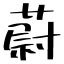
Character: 蔚